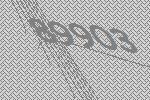
89903